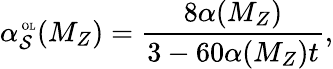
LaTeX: \alpha_{\mathcal{S}}^{\mathrm{{\tiny~OL}}}(M_{Z})=\frac{{8\alpha({M_{Z}})}}{{3-60\alpha(M_{Z})t}},